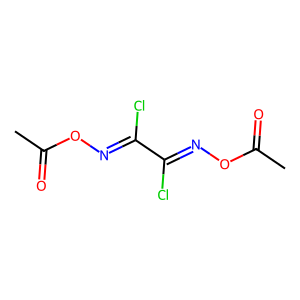
SMILES: CC(=O)ON=C(Cl)C(Cl)=NOC(C)=O
Inhibits HIV replication: No